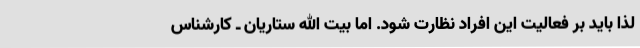
لذا باید بر فعالیت این افراد نظارت شود. اما بیت الله ستاریان ـ کارشناس